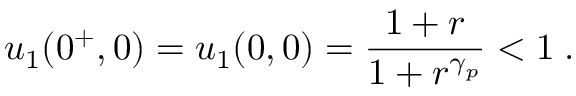
u _ { 1 } ( 0 ^ { + } , 0 ) = u _ { 1 } ( 0 , 0 ) = \frac { 1 + r } { 1 + r ^ { \gamma _ { p } } } < 1 \; .